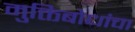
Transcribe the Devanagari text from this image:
मुक्तिबोधांचा